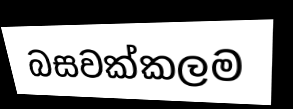
බසවක්කලම